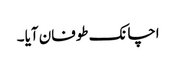
اچانک طوفان آیا ۔